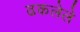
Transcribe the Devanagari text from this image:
ढकलेले